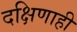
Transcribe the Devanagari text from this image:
दक्षिणाही